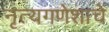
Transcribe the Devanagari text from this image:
नृत्यगणेशाचे